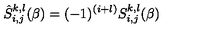
\hat { S } _ { i , j } ^ { k , l } ( \beta ) = ( - 1 ) ^ { ( i + l ) } S _ { i , j } ^ { k , l } ( \beta )